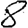
Digit: 8